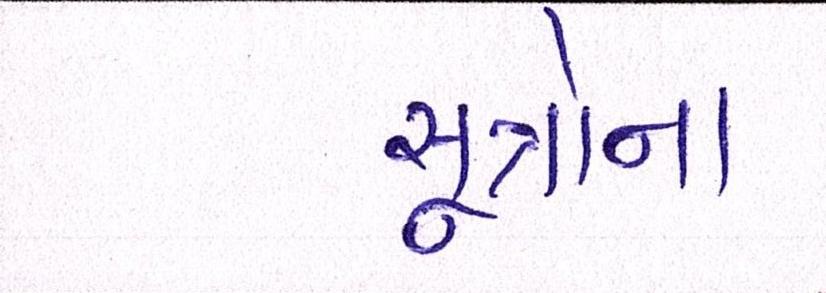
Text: સૂત્રોના